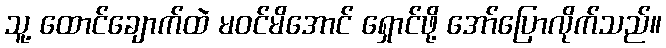
သူ့ ထောင်ချောက်ထဲ မဝင်မိအောင် ရှောင်ဖို့ အော်ပြောလိုက်သည်။